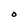
Character: O